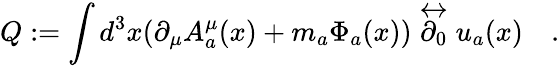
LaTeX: Q:=\int d^{3}x(\partial_{\mu}A_{a}^{\mu}(x)+m_{a}\Phi_{a}(x))\stackrel{\leftrightarrow}{\partial_{0}}u_{a}(x)\quad.